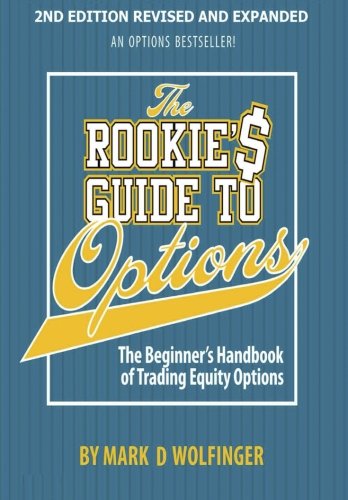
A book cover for The Rookie's Guide to Options; 2nd edition: The Beginner's Handbook of Trading Equity Options; Mark D Wolfinger; Business & Money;